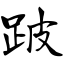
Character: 跛